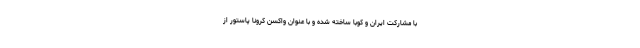
با مشارکت ایران و کوبا ساخته شده و با عنوان واکسن کرونا پاستور از